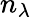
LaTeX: n_{\lambda}